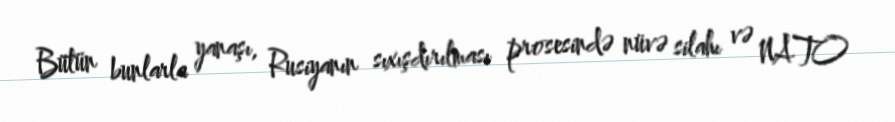
Bütün bunlarla yanaşı, Rusiyanın sıxışdırılması prosesində nüvə silahı və NATO